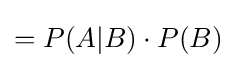
=P(A|B)\cdot P(B)